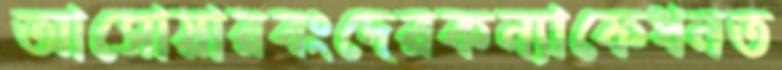
আসোয়ারবংদেরকন্যাকেধনত